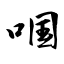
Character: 啯